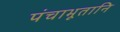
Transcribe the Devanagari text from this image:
पंचाभूतानि